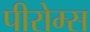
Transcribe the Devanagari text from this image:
पीरोम्स